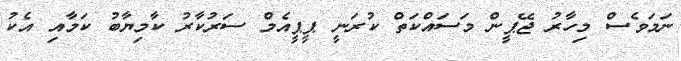
ނަމަވެސް މިހާރު ޖޭޕީން މަސައްކަތް ކުރަނީ ޕީޕީއެމް ސަރުކާރު ކާމިޔާބު ކަމާއި އެކު